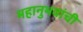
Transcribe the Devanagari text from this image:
महानुभवांची